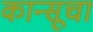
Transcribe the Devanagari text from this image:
कान्सूचा